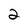
Character: 2